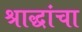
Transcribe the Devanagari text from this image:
श्राद्धांचा